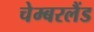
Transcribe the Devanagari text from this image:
चेम्बरलैंड